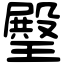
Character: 𤩱